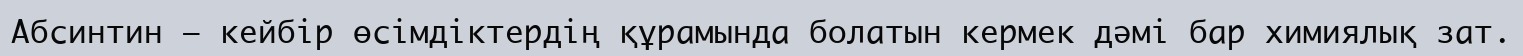
Абсинтин — кейбір өсімдіктердің құрамында болатын кермек дәмі бар химиялық зат.